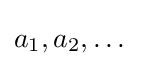
a_{1},a_{2},\dots